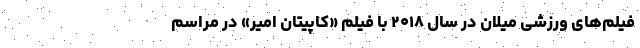
فیلم‌های ورزشی میلان در سال ۲۰۱۸ با فیلم «کاپیتان امیر» در مراسم